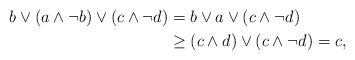
LaTeX: \begin{align*}b \vee (a \wedge \neg b) \vee (c \wedge \neg d)&= b \vee a \vee (c \wedge \neg d) \\&\ge (c \wedge d) \vee (c \wedge \neg d)= c,\end{align*}